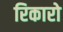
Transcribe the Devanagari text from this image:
रिकारो